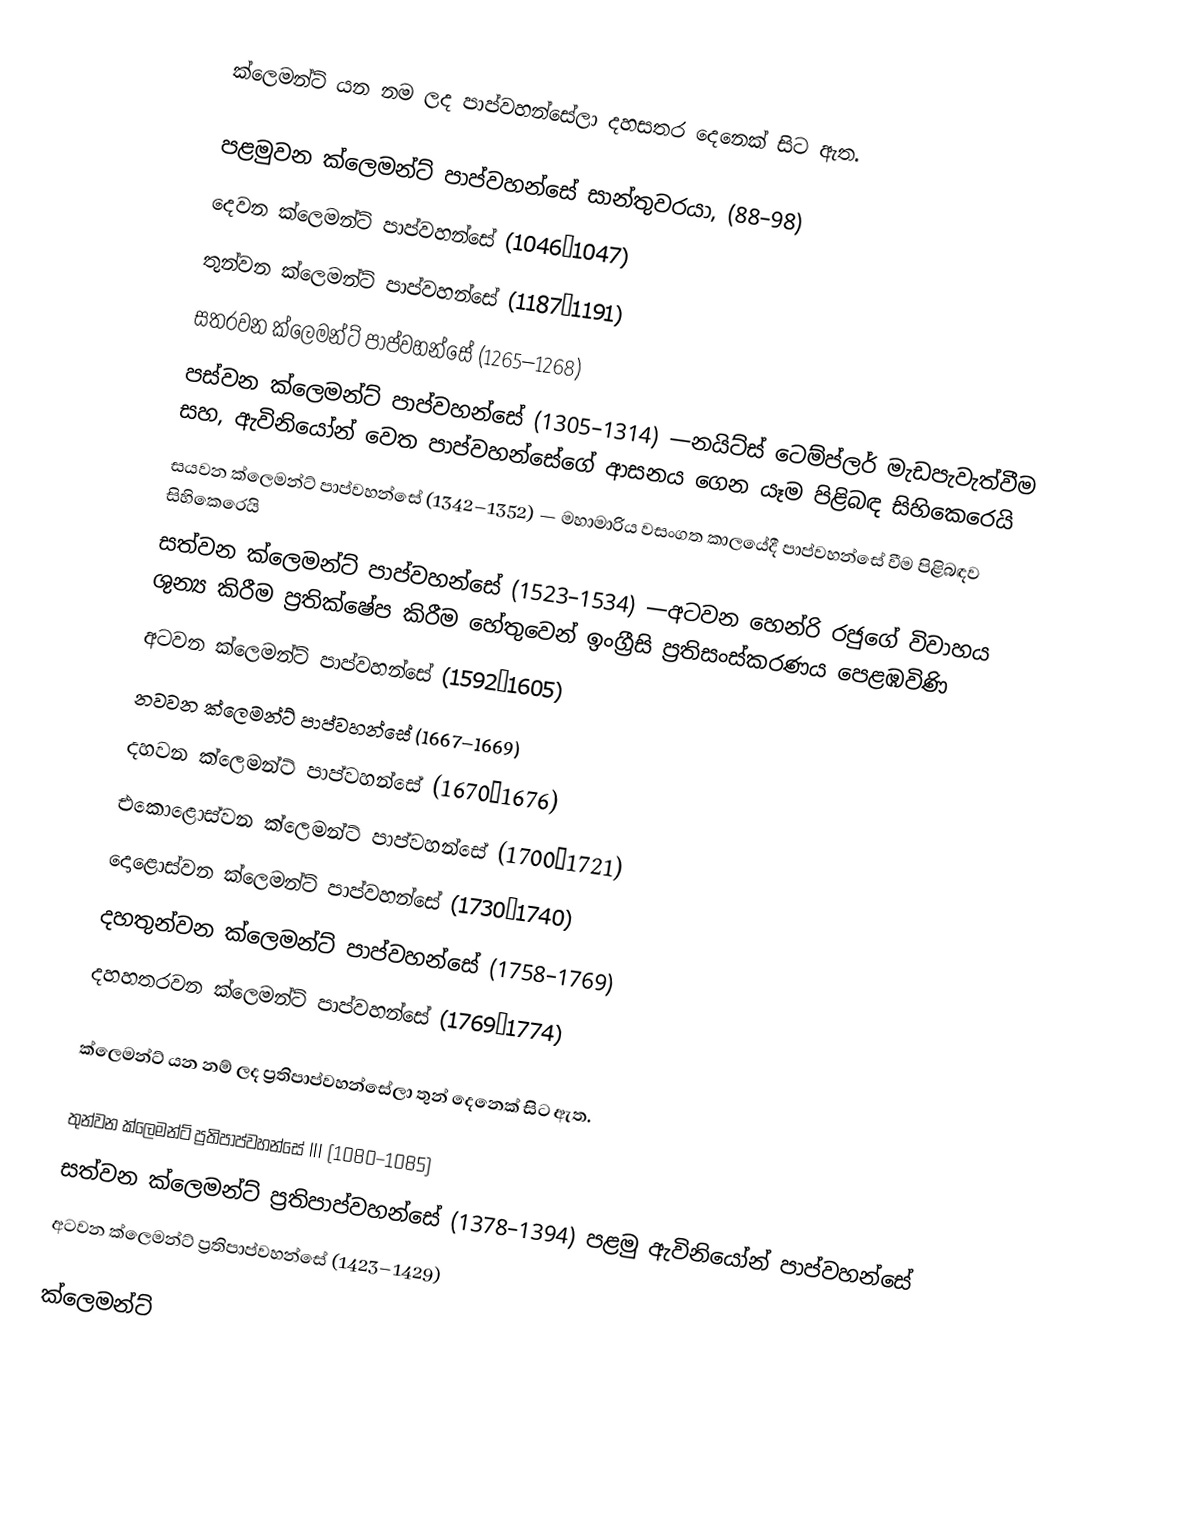
ක්ලෙමන්ට් යන නම ලද පාප්වහන්සේලා දහසතර දෙනෙක් සිට ඇත.

පළමුවන ක්ලෙමන්ට් පාප්වහන්සේ සාන්තුවරයා, (88–98)
දෙවන ක්ලෙමන්ට් පාප්වහන්සේ (1046–1047)
තුන්වන ක්ලෙමන්ට් පාප්වහන්සේ (1187–1191)
සතරවන ක්ලෙමන්ට් පාප්වහන්සේ (1265–1268)
පස්වන ක්ලෙමන්ට් පාප්වහන්සේ (1305–1314) —නයිට්ස් ටෙම්ප්ලර් මැඩපැවැත්වීම සහ, ඇවිනියෝන් වෙත පාප්වහන්සේගේ ආසනය ගෙන යෑම පිළිබඳ සිහිකෙරෙයි
සයවන ක්ලෙමන්ට් පාප්වහන්සේ (1342–1352) —  මහාමාරිය වසංගත කාලයේදී පාප්වහන්සේ වීම පිළිබඳව සිහිකෙරෙයි
සත්වන ක්ලෙමන්ට් පාප්වහන්සේ (1523–1534) —අටවන හෙන්රි රජුගේ විවාහය ශුන්‍ය කිරීම ප්‍රතික්ෂේප කිරීම හේතුවෙන් ඉංග්‍රීසි ප්‍රතිසංස්කරණය පෙළඹවිණි
අටවන ක්ලෙමන්ට් පාප්වහන්සේ (1592–1605)
නවවන ක්ලෙමන්ට් පාප්වහන්සේ (1667–1669)
දහවන ක්ලෙමන්ට් පාප්වහන්සේ (1670–1676)
එකොළොස්වන ක්ලෙමන්ට් පාප්වහන්සේ (1700–1721)
දොළොස්වන ක්ලෙමන්ට් පාප්වහන්සේ (1730–1740)
දහතුන්වන ක්ලෙමන්ට් පාප්වහන්සේ (1758–1769)
දහහතරවන ක්ලෙමන්ට් පාප්වහන්සේ (1769–1774)

ක්ලෙමන්ට් යන නම් ලද ප්‍රතිපාප්වහන්සේලා තුන් දෙනෙක් සිට ඇත.

තුන්වන ක්ලෙමන්ට් ප්‍රතිපාප්වහන්සේ III (1080–1085)
සත්වන ක්ලෙමන්ට් ප්‍රතිපාප්වහන්සේ (1378–1394) පළමු ඇවිනියෝන් පාප්වහන්සේ
අටවන ක්ලෙමන්ට් ප්‍රතිපාප්වහන්සේ (1423–1429)

ක්ලෙමන්ට්